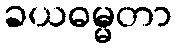
ခယဓမ္မတာ